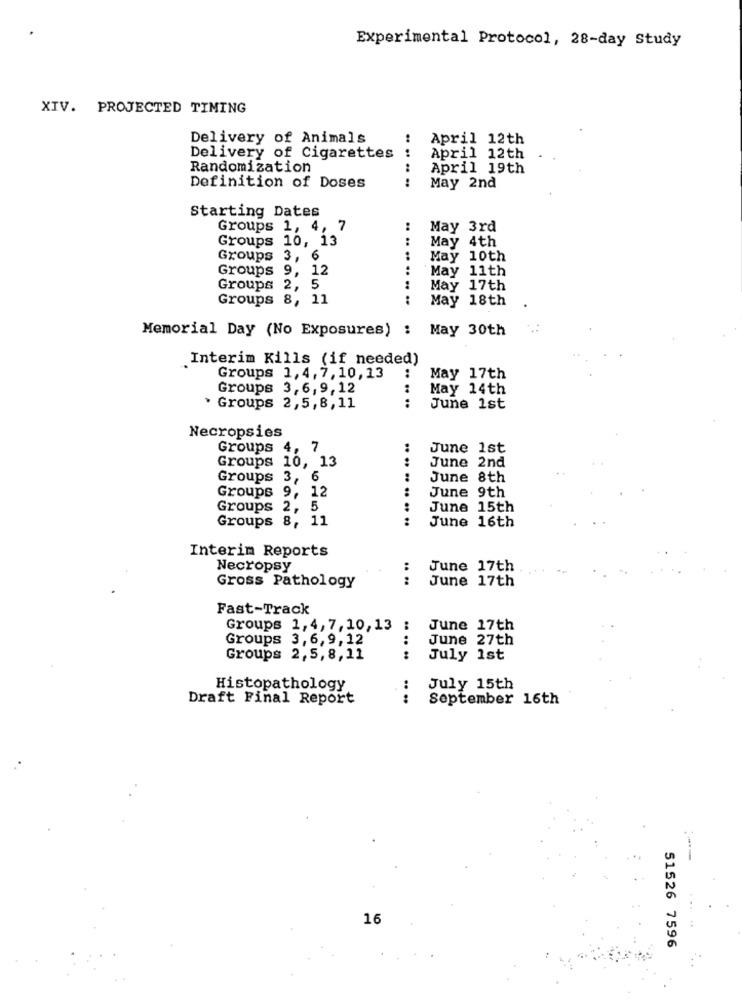
Experimental Protocol, 28-day Study
XIV. PROJECTED TIMING
Delivery of Animals
April 12th
Delivery of Cigarettes
April 12th
Randomization
April 19th
Definition of Doses
........
May 2nd
Starting Dates
Groups 1, 4, 7
May 3rd
Groups 10, 13
May 4th
Groups 3, 6
May 10th
Groups 9, 12
May 11th
Groups 2, 5
May 17th
Groups 8, 11
.. .. .. .. .. ..
May 18th
Memorial Day (No Exposures) : May 30th
Interim Kills (if needed)
Groups 1,4, 7, 10, 13
May 17th
Groups 3,6,9,12
May 14th
· Groups 2,5,8,11
.... ..
June 1st
Necropsies
Groups 4, 7
June 1st
June 2nd
Groups 10, 13
....
Groups 3, 6
June 8th
Groups 9, 12
:
June 9th
Groups 2, 5
:
June 15th
Groups 8, 11
.. .. .. ..
June 16th
Interim Reports
Necropsy
June 17th
.. ..
June 17th
Gross Pathology
Fast-Track
Groups 1,4, 7, 10, 13
June 17th
Groups 3,6,9,12
June 27th
Groups 2,5,8,11
......
July 1st
Histopathology
July 15th
Draft Final Report
.. ..
September 16th
16
51526 7596